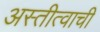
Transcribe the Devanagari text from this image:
अस्तीत्वाची